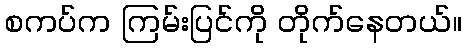
စကပ်က ကြမ်းပြင်ကို တိုက်နေတယ်။